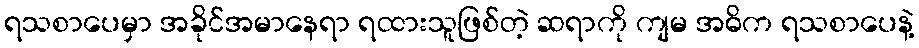
ရသစာပေမှာ အခိုင်အမာနေရာ ရထားသူဖြစ်တဲ့ ဆရာကို ကျမ အဓိက ရသစာပေနဲ့